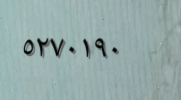
٥٢٧٠١٩٠